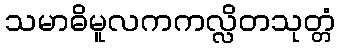
သမာဓိမူလကကလ္လိတသုတ္တံ